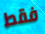
فقط